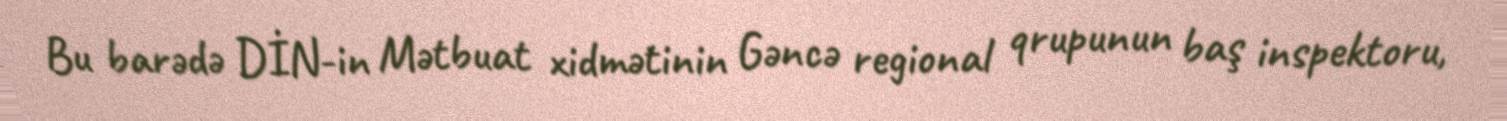
Bu barədə DİN-in Mətbuat xidmətinin Gəncə regional qrupunun baş inspektoru,